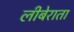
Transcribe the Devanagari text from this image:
लीबेराता